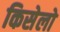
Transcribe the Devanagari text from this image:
किसेलो